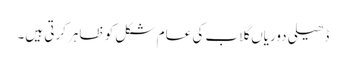
ڈھیلی دوریاں گلاب کی عام شکل کو ظاہر کرتی ہیں۔